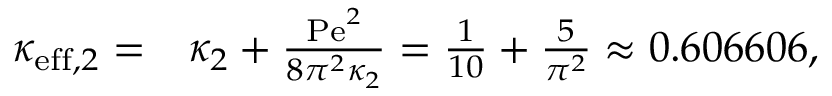
\begin{array} { r l } { \kappa _ { \mathrm { e f f } , 2 } = } & { { } \kappa _ { 2 } + \frac { \mathrm { P e } ^ { 2 } } { 8 \pi ^ { 2 } \kappa _ { 2 } } = \frac { 1 } { 1 0 } + \frac { 5 } { \pi ^ { 2 } } \approx 0 . 6 0 6 6 0 6 , } \end{array}